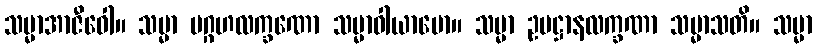
သမ္မာအာဇီဝေါ။ သမ္မာ ပဂ္ဂဟလက္ခဏော သမ္မာဝါယာမော။ သမ္မာ ဥပဋ္ဌာနလက္ခဏာ သမ္မာသတိ။ သမ္မာ